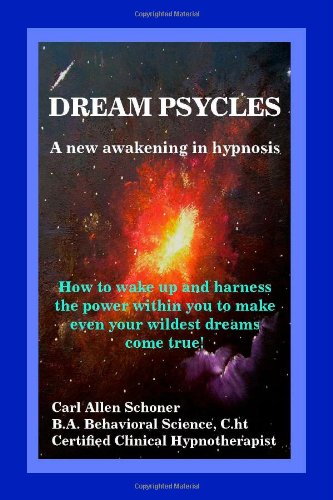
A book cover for Dream Psycles - A New Awakening in Hypnosis; Carl Allen Schoner; Self-Help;